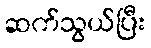
ဆက်သွယ်ပြီး